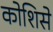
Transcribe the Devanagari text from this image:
कोशिसे